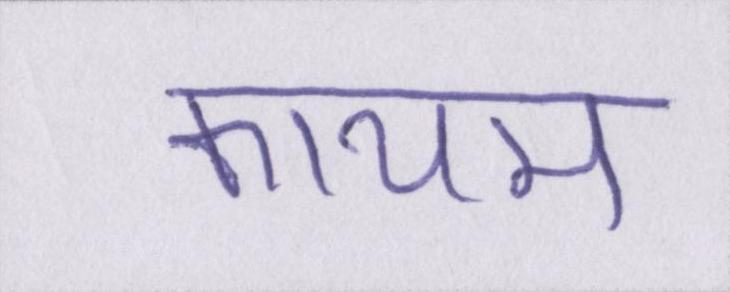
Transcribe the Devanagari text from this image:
कायम